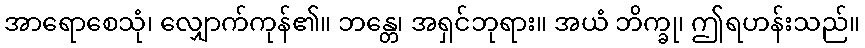
အာရောစေသုံ၊ လျှောက်ကုန်၏။ ဘန္တေ၊ အရှင်ဘုရား။ အယံ ဘိက္ခု၊ ဤရဟန်းသည်။